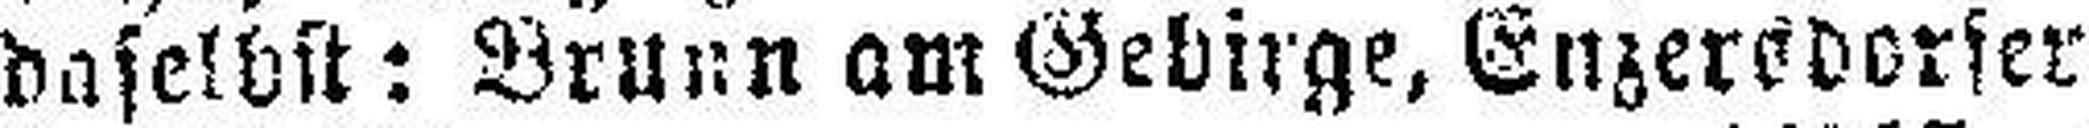
daselbst: Brunn am Gebirge, Enzerddorfer